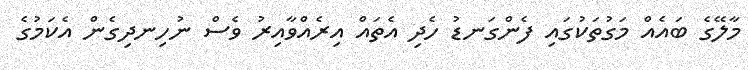
މާލޭގެ ބައެއް މަގުތަކުގައި ފެންގަނޑު ހެދި އެތައް އިރެއްވާއިރު ވެސް ނުހިނދިގެން އެކަމުގެ